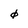
Character: 0